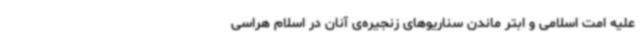
علیه امت اسلامی و ابتر ماندن سناریوهای زنجیره‌ی آنان در اسلام هراسی